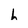
Character: h